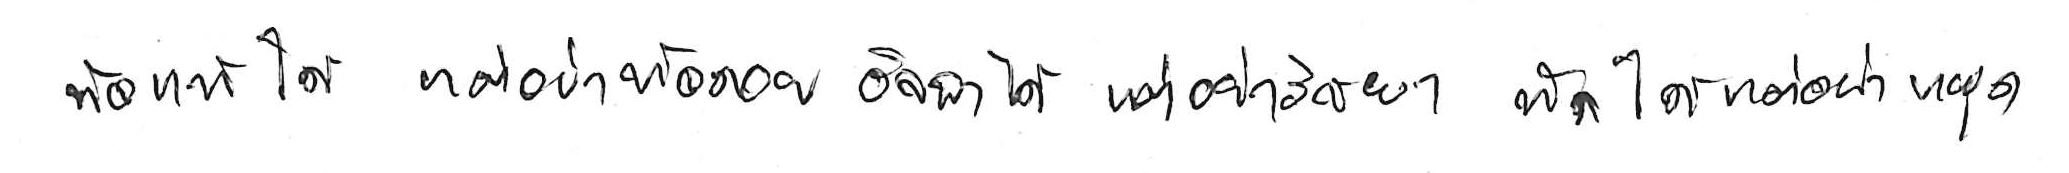
ท้อแท้ได้ แต่อย่าท้อถอย อิจฉาได้ แต่อย่าริษยา พักได้ แต่อย่าหยุด